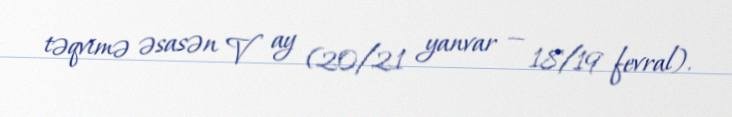
təqvimə əsasən V ay (20/21 yanvar — 18/19 fevral).